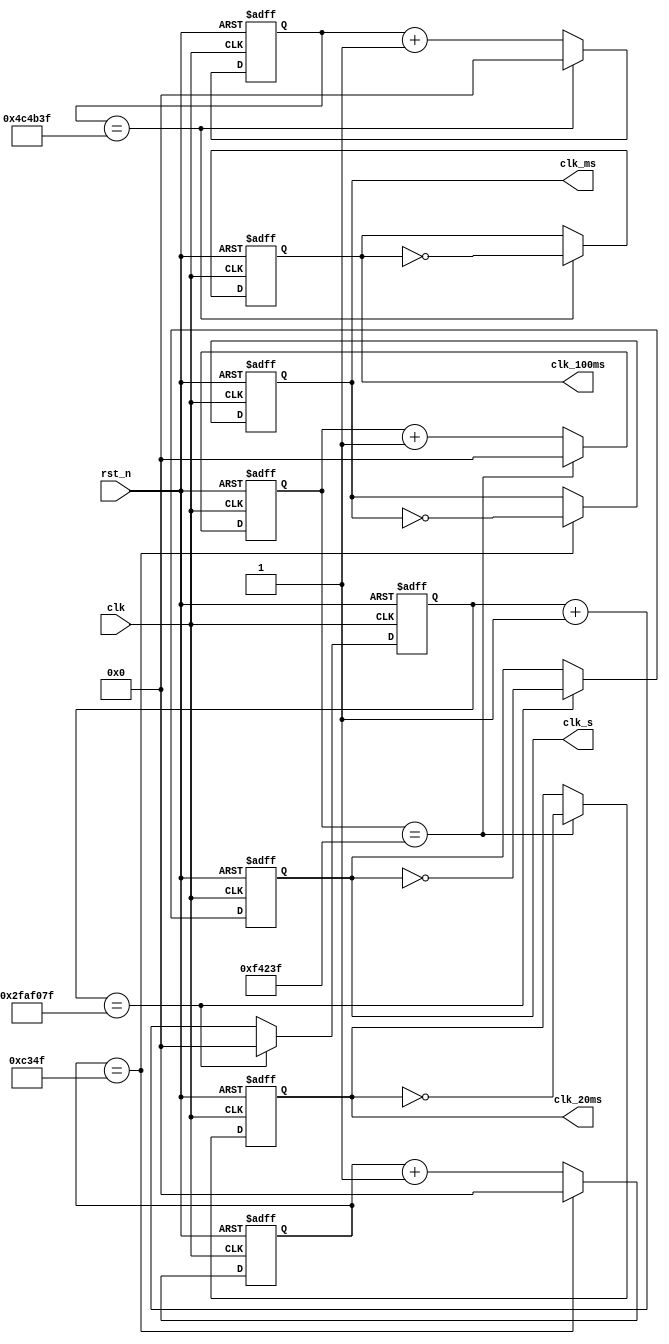
`timescale 1ns / 1ps
//////////////////////////////////////////////////////////////////////////////////
// Company: 
// Engineer: 
// 
// Design Name: 
// Module Name: clk_div
// Project Name: 
// Target Devices: 
// Tool Versions: 
// Description: 
// 
// Dependencies: 
// 
// Revision:
// Revision 0.01 - File Created
// Additional Comments:
// 
//////////////////////////////////////////////////////////////////////////////////


module clk_div(
    input  clk,       //system clk
    input  rst_n, 
    output reg  clk_ms, clk_20ms, clk_100ms, clk_s  //clk of different periods
    );
    parameter period_ms = 100000, period_20ms = 2000000, period_100ms = 10000000, period_s = 100000000;  
     
    reg [31:0]  cnt_ms;
    reg [31:0]  cnt_20ms;
    reg [31:0]  cnt_100ms;
    reg [31:0]  cnt_s;
     
    always @ (posedge clk or negedge rst_n) 
    begin
        if(~rst_n) 
        begin
            cnt_ms <= 0;
            clk_ms <= 0;   
        end
        else 
        begin
            if(cnt_ms == ((period_ms >> 1) - 1)) begin
              clk_ms <= ~clk_ms;
              cnt_ms <= 0;
            end
        else
            cnt_ms <= cnt_ms + 1;
        end
    end
    
    always @ (posedge clk or negedge rst_n) 
        begin
            if(~rst_n) 
            begin
                cnt_20ms <= 0;
                clk_20ms <= 0;   
            end
            else 
            begin
                if(cnt_20ms == ((period_20ms >> 1) - 1)) begin
                  clk_20ms <= ~clk_20ms;
                  cnt_20ms <= 0;
                end
            else
                cnt_20ms <= cnt_20ms + 1;
            end
        end
        
    always @ (posedge clk or negedge rst_n) 
        begin
            if(~rst_n) 
            begin
                cnt_s <= 0;
                clk_s <= 0;   
            end
            else 
            begin
                if(cnt_s == ((period_s >> 1) - 1)) begin
                  clk_s <= ~clk_s;
                  cnt_s <= 0;
                end
            else
                cnt_s <= cnt_s + 1;
            end
        end
        
     always @ (posedge clk or negedge rst_n) 
            begin
                if(~rst_n) 
                begin
                    cnt_100ms <= 0;
                    clk_100ms <= 0;   
                end
                else 
                begin
                    if(cnt_100ms == ((period_100ms >> 1) - 1)) begin
                      clk_100ms <= ~clk_100ms;
                      cnt_100ms <= 0;
                    end
                else
                    cnt_100ms <= cnt_100ms + 1;
                end
            end
endmodule